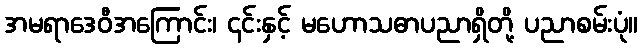
အမရာဒေဝီအကြောင်း၊ ၎င်းနှင့် မဟောသဓာပညာရှိတို့ ပညာစမ်းပုံ။